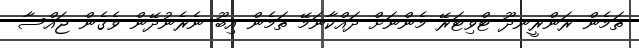
ތަމެން ރަންރީނދޫ ޓްވިޓަރޭ މެންނަށް ދައްކާނަމޭ ތަމެން އިބޫ ނެރެނުދޭން ވެގެން ޖައްސާ